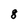
Character: 8